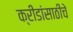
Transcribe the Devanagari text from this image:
क्रीडांसाठीचे